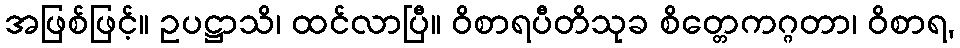
အဖြစ်ဖြင့်။ ဥပဋ္ဌာသိ၊ ထင်လာပြီ။ ဝိစာရပီတိသုခ စိတ္တေကဂ္ဂတာ၊ ဝိစာရ,